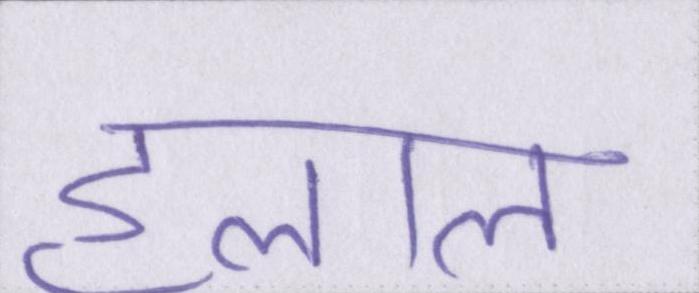
हलाल